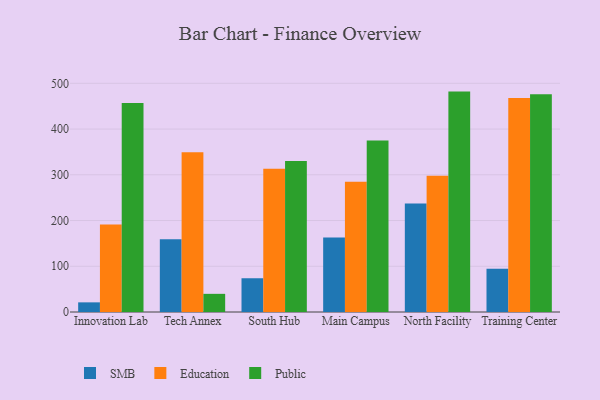
{"axis": {"x": "Campus", "y": "Budget (USD K)"}, "legend": ["Education", "Public", "SMB"], "data": [{"x": "Innovation Lab", "y": 21.1, "type": "SMB"}, {"x": "Innovation Lab", "y": 191.5, "type": "Education"}, {"x": "Innovation Lab", "y": 457.1, "type": "Public"}, {"x": "Tech Annex", "y": 159.1, "type": "SMB"}, {"x": "Tech Annex", "y": 349.2, "type": "Education"}, {"x": "Tech Annex", "y": 39.7, "type": "Public"}, {"x": "South Hub", "y": 73.8, "type": "SMB"}, {"x": "South Hub", "y": 313.0, "type": "Education"}, {"x": "South Hub", "y": 329.9, "type": "Public"}, {"x": "Main Campus", "y": 162.7, "type": "SMB"}, {"x": "Main Campus", "y": 284.7, "type": "Education"}, {"x": "Main Campus", "y": 375.1, "type": "Public"}, {"x": "North Facility", "y": 237.0, "type": "SMB"}, {"x": "North Facility", "y": 297.7, "type": "Education"}, {"x": "North Facility", "y": 481.9, "type": "Public"}, {"x": "Training Center", "y": 94.8, "type": "SMB"}, {"x": "Training Center", "y": 467.7, "type": "Education"}, {"x": "Training Center", "y": 475.9, "type": "Public"}]}